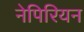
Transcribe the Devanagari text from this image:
नेपिरियन